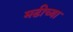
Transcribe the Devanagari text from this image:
मढीच्या